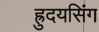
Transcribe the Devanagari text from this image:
ह्रुदयसिंग